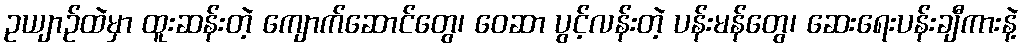
ဥယျာဉ်ထဲမှာ ထူးဆန်းတဲ့ ကျောက်ဆောင်တွေ၊ ဝေဆာ ပွင့်လန်းတဲ့ ပန်းမန်တွေ၊ ဆေးရေးပန်းချီကားနဲ့